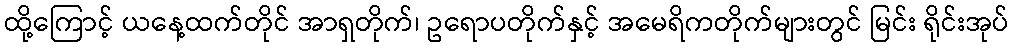
ထို့ကြောင့် ယနေ့ထက်တိုင် အာရှတိုက်၊ ဥရောပတိုက်နှင့် အမေရိကတိုက်များတွင် မြင်း ရိုင်းအုပ်